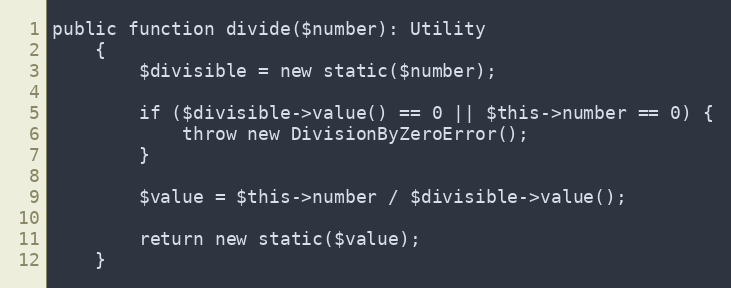
Language: PHP
public function divide($number): Utility
    {
        $divisible = new static($number);

        if ($divisible->value() == 0 || $this->number == 0) {
            throw new DivisionByZeroError();
        }

        $value = $this->number / $divisible->value();

        return new static($value);
    }